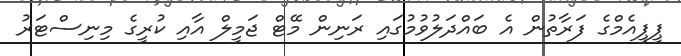
ޕީޕީއެމްގެ ފަރާތުން އެ ބައްދަލުވުމުގައި ރަނިން މޭޓް ޖަމީލް އާއި ކުރީގެ މިނިސްޓަރު